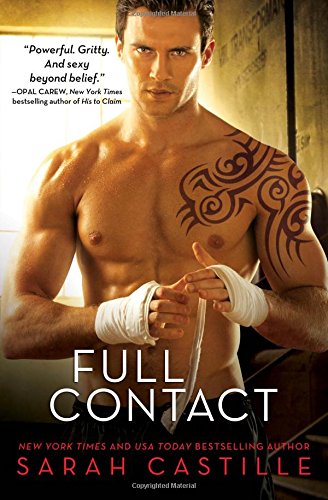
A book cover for Full Contact (Redemption); Sarah Castille; Romance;